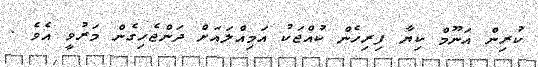
ކުރިން އަނޫމް ކިޔާ ފިރިހެން ކުއްޖަކު އަމިއްލައަށް ދަންޖެހިގެން މަރުވީ އެވެ .